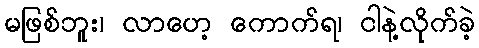
မဖြစ်ဘူး၊ လာဟေ့ ကောက်ရ၊ ငါနဲ့လိုက်ခဲ့